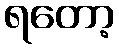
ရတော့